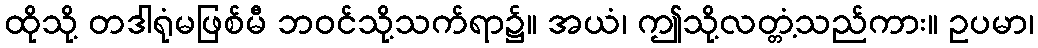
ထိုသို့ တဒါရုံမဖြစ်မီ ဘဝင်သို့သက်ရာ၌။ အယံ၊ ဤသို့လတ္တံ့သည်ကား။ ဥပမာ၊